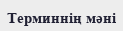
Терминнің мәні